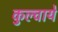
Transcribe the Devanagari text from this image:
कुल्चाये